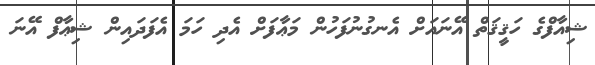
ޝިއާފްގެ ހަޤީޤަތް އޭނައަށް އެނގުނުފަހުން މަޢާފަށް އެދި ހަމަ އެފަދައިން ޝިޢާފް އޭނަ